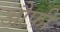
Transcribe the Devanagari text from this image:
औफ़ी